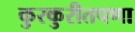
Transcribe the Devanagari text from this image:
कुरकुरीतपणा